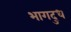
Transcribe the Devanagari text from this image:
भागदुध